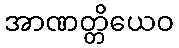
အာဏတ္တိယေဝ